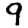
Digit: 9